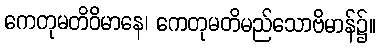
ကေတုမတိဝိမာနေ၊ ကေတုမတိမည်သောဗိမာန်၌။